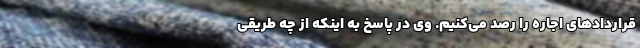
قراردادهای اجاره را رصد می‌کنیم. وی در پاسخ به اینکه از چه طریقی